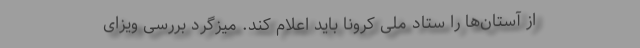
از آستان‌ها را ستاد ملی کرونا باید اعلام کند. میزگرد بررسی ویزای